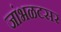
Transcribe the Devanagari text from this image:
जांभळटसर